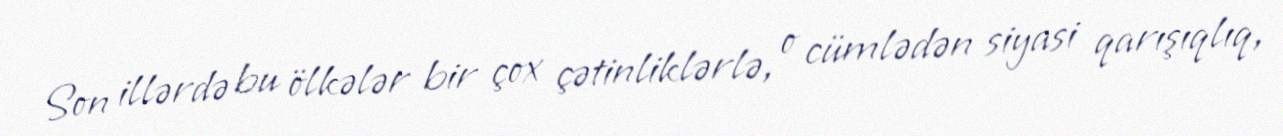
Son illərdə bu ölkələr bir çox çətinliklərlə, o cümlədən siyasi qarışıqlıq,